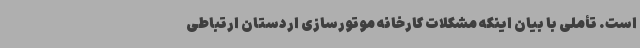
است. تأملی با بیان اینکه مشکلات کارخانه موتورسازی اردستان ارتباطی